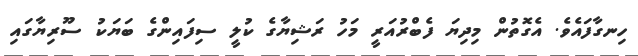
ހިނގާފައެވެ. އެގޮތުން މިދިޔަ ފެބްރުއަރީ މަހު ރަޝިޔާގެ ކުލީ ސިފައިންގެ ބަޔަކު ސޫރިޔާގައި